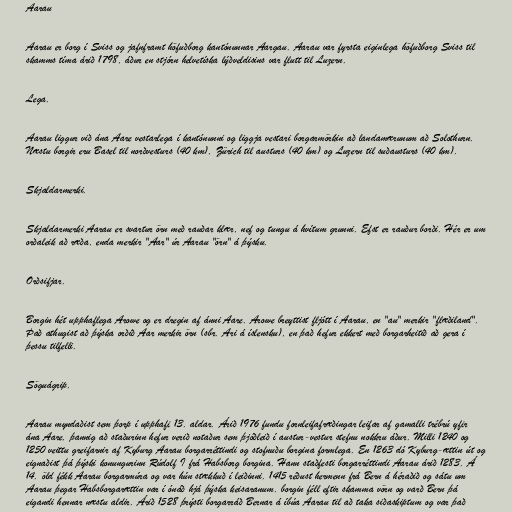
Aarau

Aarau er borg í Sviss og jafnframt höfuðborg kantónunnar Aargau. Aarau var fyrsta eiginlega höfuðborg Sviss til
skamms tíma árið 1798, áður en stjórn helvetíska lýðveldisins var flutt til Luzern.

Lega.

Aarau liggur við ána Aare vestarlega í kantónunni og liggja vestari borgarmörkin að landamærunum að Solothurn.
Næstu borgir eru Basel til norðvesturs (40 km), Zürich til austurs (40 km) og Luzern til suðausturs (40 km).

Skjaldarmerki.

Skjaldarmerki Aarau er svartur örn með rauðar klær, nef og tungu á hvítum grunni. Efst er rauður borði. Hér er um
orðaleik að ræða, enda merkir "Aar" úr Aarau "örn" á þýsku.

Orðsifjar.

Borgin hét upphaflega Arowe og er dregin af ánni Aare. Arowe breyttist fljótt í Aarau, en "au" merkir "flæðiland".
Það athugist að þýska orðið Aar merkir örn (sbr. Ari á íslensku), en það hefur ekkert með borgarheitið að gera í
þessu tilfelli.

Söguágrip.

Aarau myndaðist sem þorp í upphafi 13. aldar. Árið 1976 fundu fornleifafræðingar leifar af gamalli trébrú yfir
ána Aare, þannig að staðurinn hefur verið notaður sem þjóðleið í austur-vestur stefnu nokkru áður. Milli 1240 og
1250 veittu greifarnir af Kyburg Aarau borgarréttindi og stofnuðu borgina formlega. En 1263 dó Kyburg-ættin út og
eignaðist þá þýski konungurinn Rúdolf I frá Habsborg borgina. Hann staðfesti borgarréttindi Aarau árið 1283. Á
14. öld fékk Aarau borgarmúra og var hún stækkuð í leiðinni. 1415 réðust hermenn frá Bern á héraðið og sátu um
Aarau þegar Habsborgarættin var í ónáð hjá þýska keisaranum. borgin féll eftir skamma vörn og varð Bern þá
eigandi hennar næstu aldir. Árið 1528 þrýsti borgarráð Bernar á íbúa Aarau til að taka siðaskiptum og var það